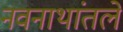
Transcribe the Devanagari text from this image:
नवनाथांतले